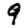
Digit: 9